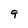
Character: 9